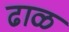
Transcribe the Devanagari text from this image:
ढाळ